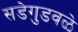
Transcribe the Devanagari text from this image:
सडेगुडवळे